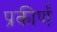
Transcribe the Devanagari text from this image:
प्रकीर्णं